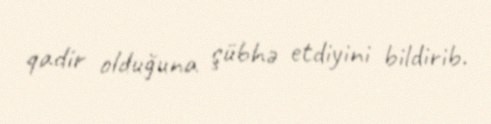
qadir olduğuna şübhə etdiyini bildirib.